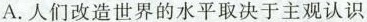
A. 人们改造世界的水平取决于主观认识